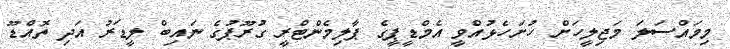
މިމައްސަލަ މަޖިލީހަށް ހުށަހެޅުއްވީ އެމްޑީޕީގެ ޕާލިމެންޓްރީ ގުރޫޕުގެ ނައިބް ލީޑަރު އަދި ތޮއްޑޫ